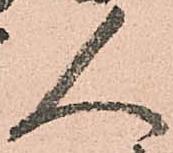
人